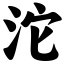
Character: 沱